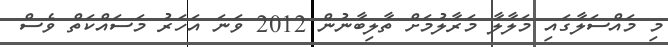
މި މައްސަލާގައި މަލާލާ މަރާލުމަށް ތާލިބާނުން 2012 ވަނަ އަހަރު މަސައްކަތް ވެސް